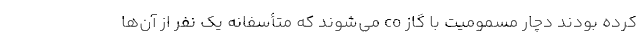
کرده بودند دچار مسمومیت با گاز co می‌شوند که متأسفانه یک نفر از آن‌ها